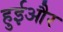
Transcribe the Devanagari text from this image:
हुईऔर